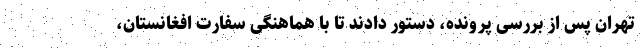
تهران پس از بررسی پرونده، دستور دادند تا با هماهنگی سفارت افغانستان،